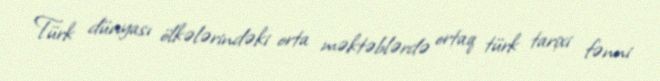
Türk dünyası ölkələrindəki orta məktəblərdə ortaq türk tarixi fənni